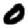
Digit: 0